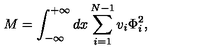
M = \int _ { - \infty } ^ { + \infty } d x \sum _ { i = 1 } ^ { N - 1 } v _ { i } \Phi _ { i } ^ { 2 } ,